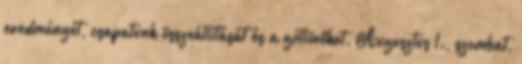
eredményét, csapatunk összeállítását és a góllövőket. Augusztus 1., szombat,